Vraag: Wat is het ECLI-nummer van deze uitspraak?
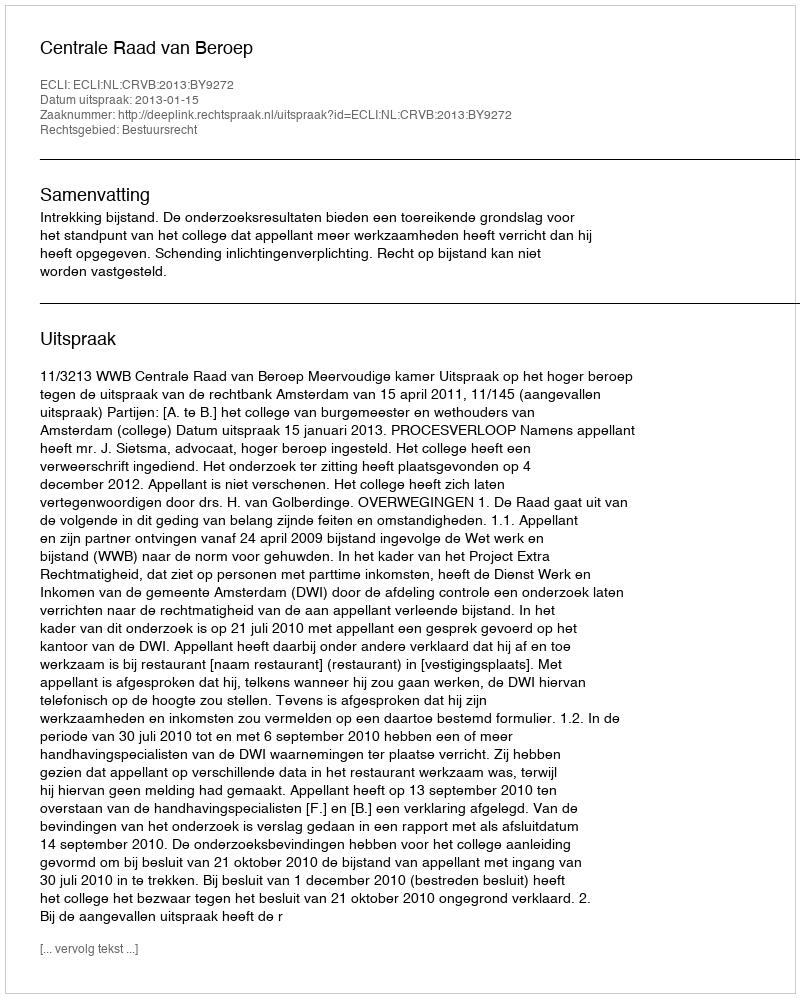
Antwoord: ECLI:NL:CRVB:2013:BY9272